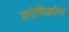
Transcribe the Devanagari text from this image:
कोमिक्रोम